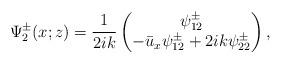
LaTeX: \begin{align*}\Psi^\pm_2(x;z)=\frac{1}{2ik}\begin{pmatrix}\psi^\pm_{12}\\-\bar{u}_x\psi^\pm_{12}+2ik\psi^\pm_{22}\end{pmatrix},\end{align*}